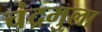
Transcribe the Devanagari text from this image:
चंद्रमुला